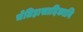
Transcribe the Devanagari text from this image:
चेतिहासादिकानि